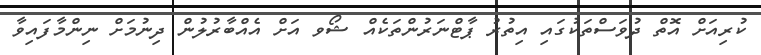
ކުރިއަށް އޮތް ދުވަސްތަކުގައި އިތުރު ޕާޓްނަރުންތަކެއް ޝޯވ އަށް އެއްބާރުލުން ދިނުމަށް ނިންމާފައިވާ